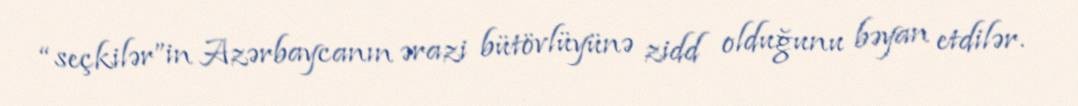
“seçkilər”in Azərbaycanın ərazi bütövlüyünə zidd olduğunu bəyan etdilər.